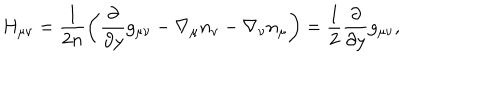
H _ { \mu \nu } = \frac 1 { 2 n } \left( \frac { \partial } { \partial y } g _ { \mu \nu } - \nabla _ { \mu } n _ { \nu } - \nabla _ { \nu } n _ { \mu } \right) = \frac 1 2 \frac { \partial } { \partial y } g _ { \mu \nu } ,